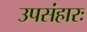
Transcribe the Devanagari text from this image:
उपसंहारः